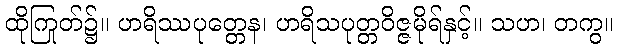
ထိုကြုတ်၌။ ဟရိဿပုတ္တေန၊ ဟရိသပုတ္တဝိဇ္ဇမိုရ်နှင့်။ သဟ၊ တကွ။